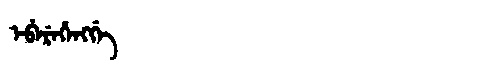
Manchu: ᡝᠪᡝᡵᡝᡥᡝᠩᡤᡝ
Romanization: EBEREHENGGE